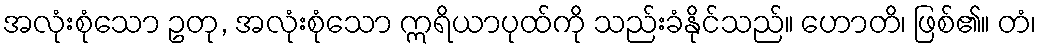
အလုံးစုံသော ဥတု, အလုံးစုံသော ဣရိယာပုထ်ကို သည်းခံနိုင်သည်။ ဟောတိ၊ ဖြစ်၏။ တံ၊